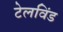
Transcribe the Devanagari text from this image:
टेलविंड